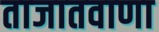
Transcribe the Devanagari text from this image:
ताजातवाणा